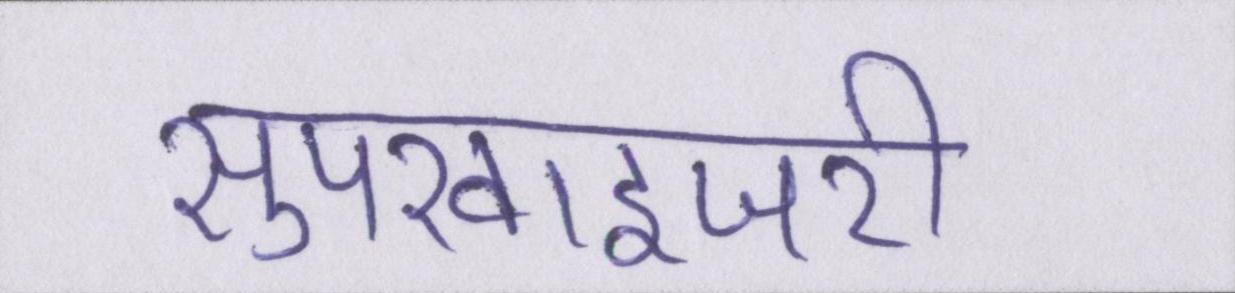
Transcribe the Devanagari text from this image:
सुपरवाइजरी